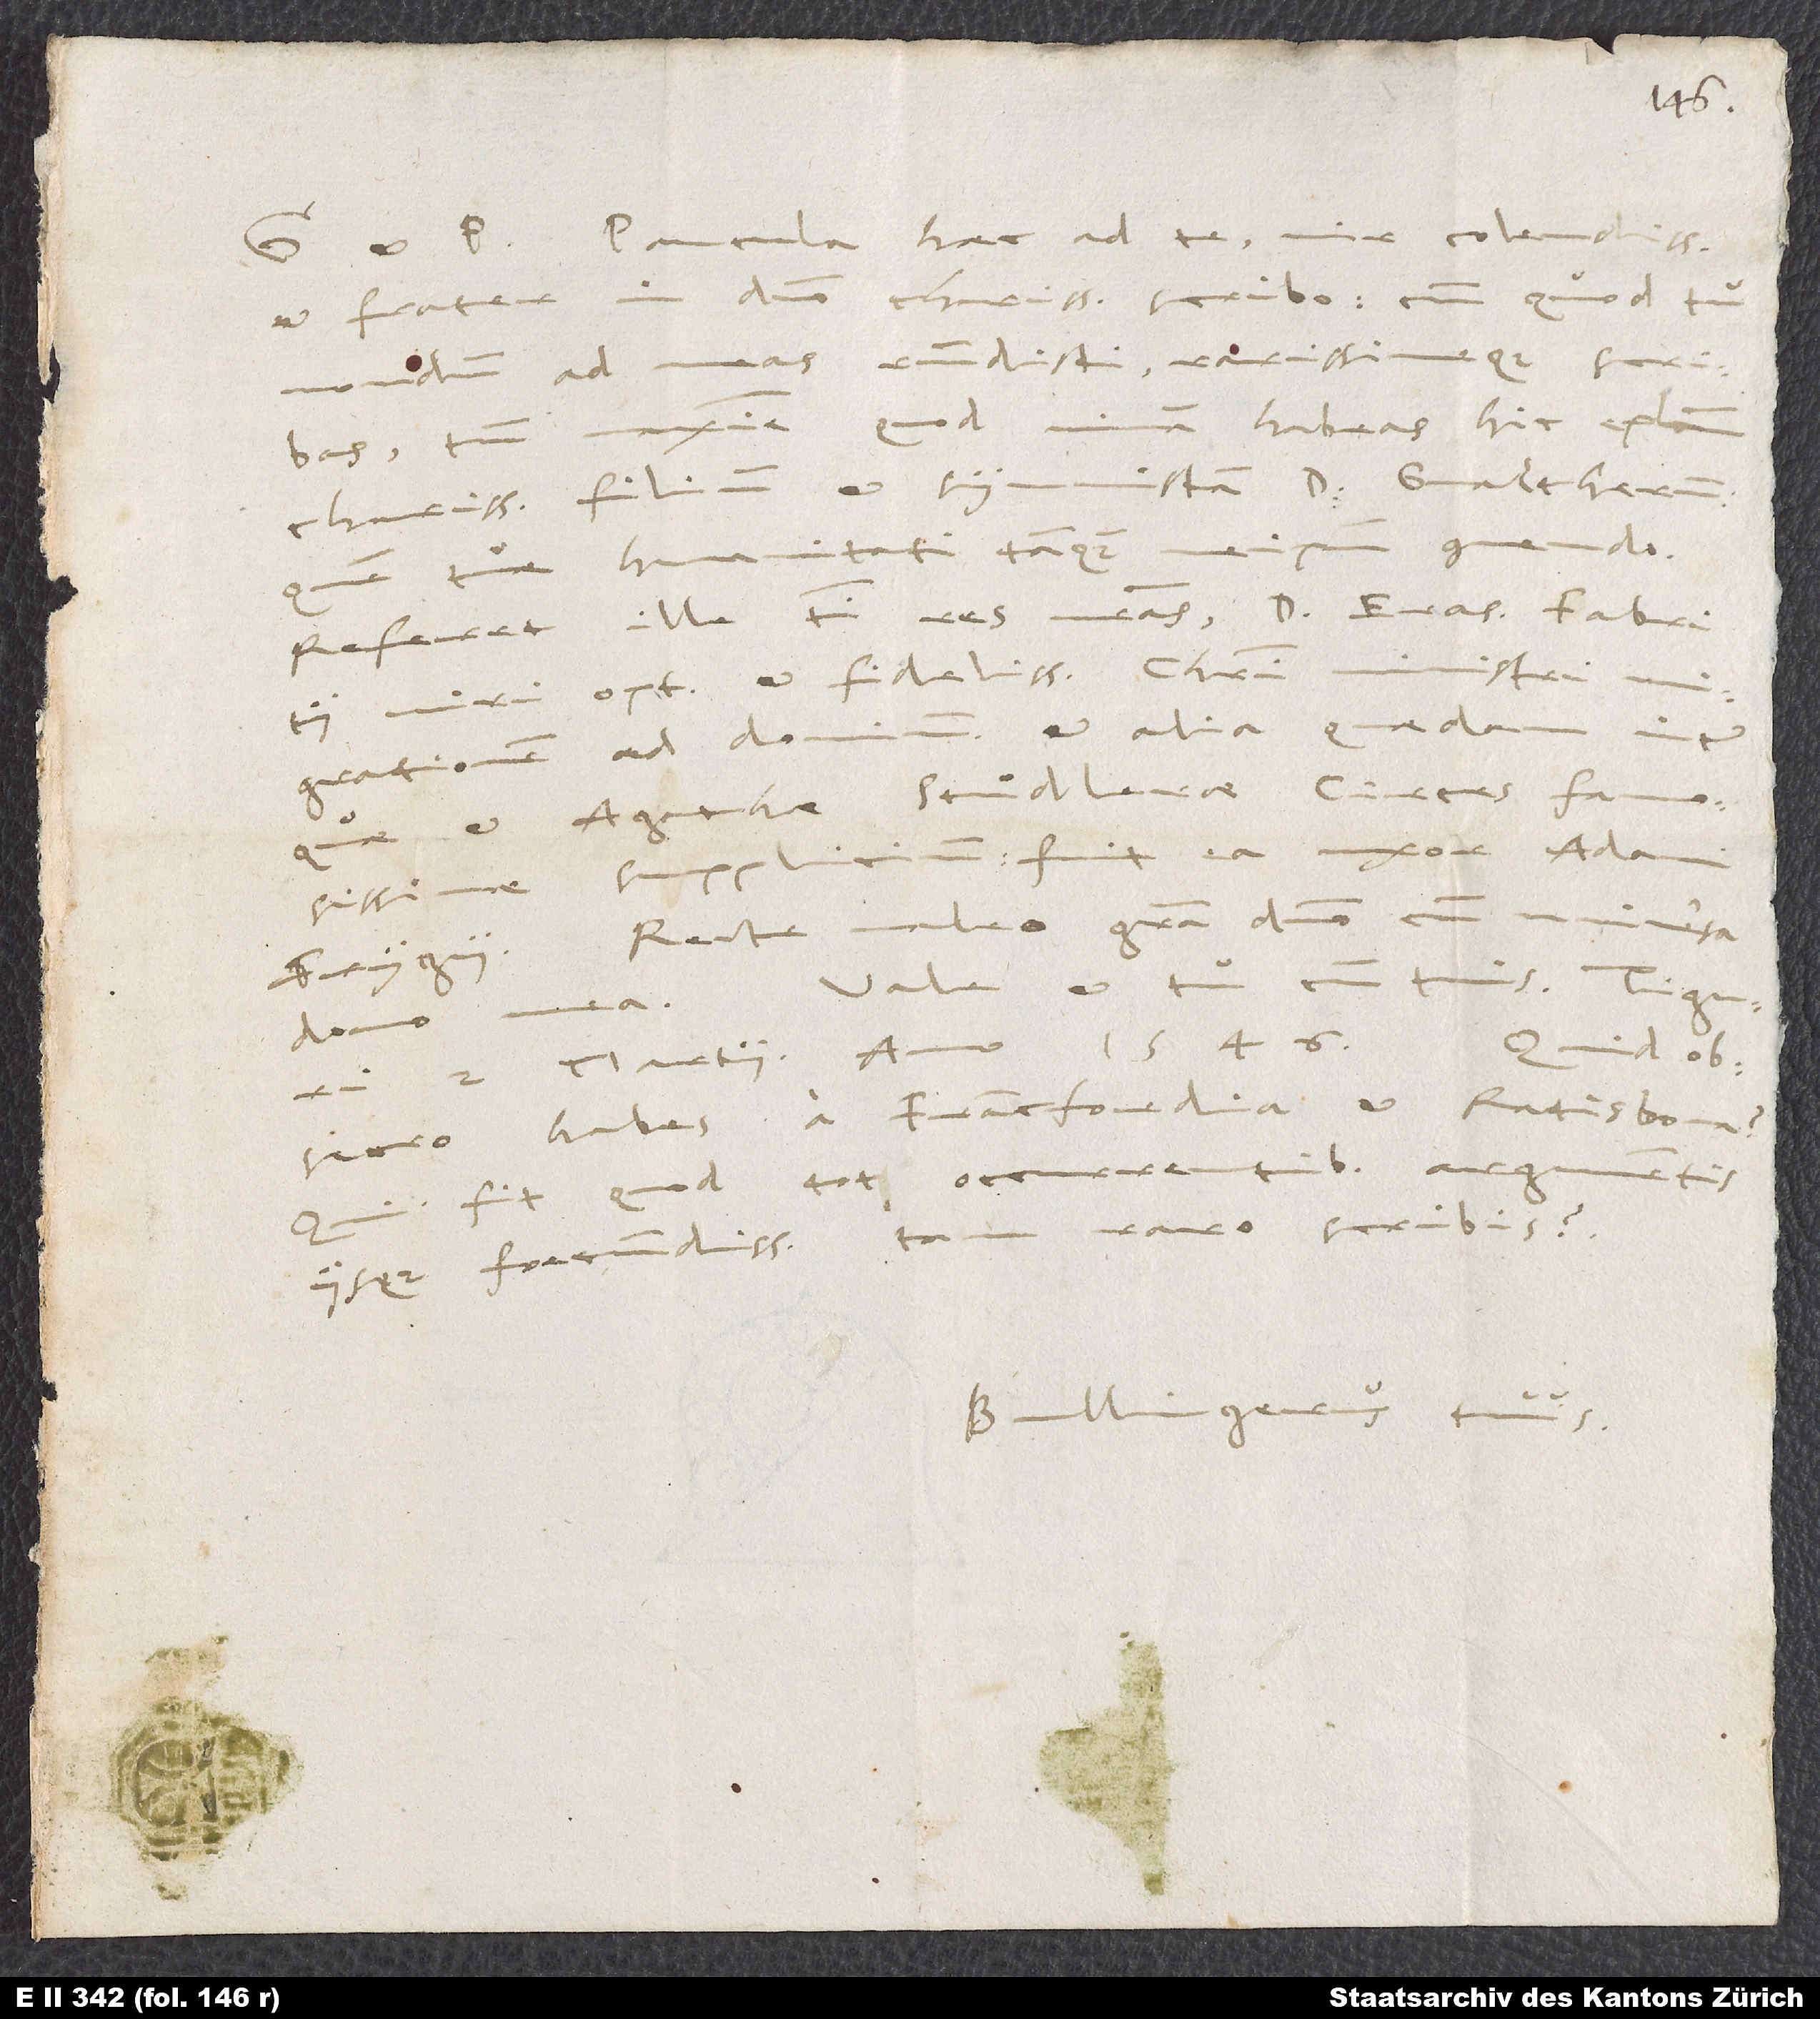
Paucula haec ad te, vir colendissime
et frater in domino charissime, scribo, cum quod tu
nondum ad meas respondisti rarissimeque scribas,
tum maxime, quod vivam habeas hic epistolam,
charissimum filium et symmistam d. Gvaltherum,
quem tuae humanitati tanquam me ipsum commendo.
Referet ille tibi res nostras, d. Erasmi Fabritii,
viri optimi et fidelissimi Christi ministri,
migrationem ad dominum et alia quaedam,
quae et Agathae Stuͦdlerae, Circes famosissimae,
supplicium. Fuit ea uxor Adami
Recte valeo gratia domino cum universa
Frygii.
Vale et tu cum tuis. Tiguri,
domo mea.
Quid,
2. martii anno 1546.
obsecro, habes a Francfordia et Ratisbona?
Qui fit, quod tot occurrentibus argumentis
iisque foecundissimis tam raro scribis?
Bullingerus tuus.